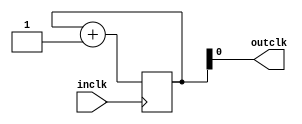
`timescale 1ns / 1ps
//////////////////////////////////////////////////////////////////////////////////
// Company: 
// Engineer: 
// 
// Design Name: 
// Module Name: clkdiv
// Project Name: 
// Target Devices: 
// Tool Versions: 
// Description: 
// 
// Dependencies: 
// 
// Revision:
// Revision 0.01 - File Created
// Additional Comments:
// 
//////////////////////////////////////////////////////////////////////////////////


module clkdiv(
    input inclk,
output outclk
    );
    
    reg [35:0] q;
    
    initial q<=36'b0;
    
    always@(posedge inclk)
         q<=q+1;
    
//for development board
    //assign outclk=q[26];//around 1Hz
    //assign outclk=q[22];
//for simulation
    assign outclk=q[0];    
    
endmodule